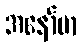
အနော်မာ